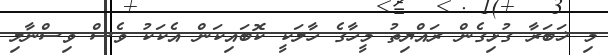
މި ޚަބަރާ ގުޅިގެން ރައްޔިތު މީހާގެ ހާލަކީ ކޮބައިކަން އެކަކު ވެސް ވިސްނާލި